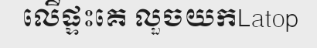
លើផ្ទះគេ លួចយកLatop